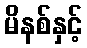
မိနစ်နှင့်